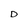
Character: D